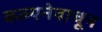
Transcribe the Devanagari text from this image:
कल्पनेवाचून